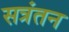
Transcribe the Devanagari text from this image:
सत्रंतन